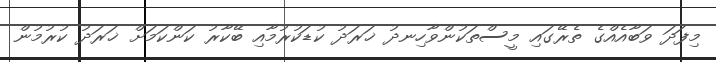
މިފަދަ ވަބާއެއްގެ ތެރޭގައި މީސްތަކުންވާހިނދު ޚަރަދު ކުޑަކުރުމާއި ބޭކާރު ކަންކަމަށް ޚަރަދު ކުރުމުން